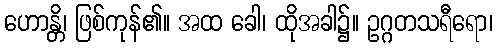
ဟောန္တိ၊ ဖြစ်ကုန်၏။ အထ ခေါ၊ ထိုအခါ၌။ ဥဂ္ဂတသရီရော၊